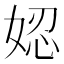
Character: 𡝖